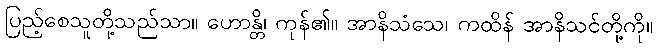
ပြည့်စေသူတို့သည်သာ။ ဟောန္တိ၊ ကုန်၏။ အာနိသံသေ၊ ကထိန် အာနိသင်တို့ကို။